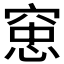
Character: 𫁑